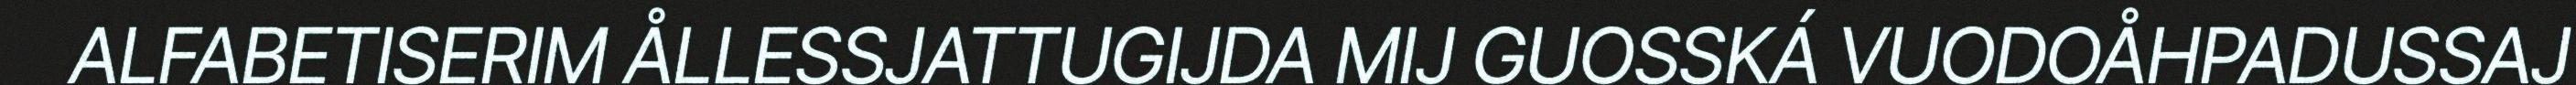
ALFABETISERIM ÅLLESSJATTUGIJDA MIJ GUOSSKÁ VUODOÅHPADUSSAJ